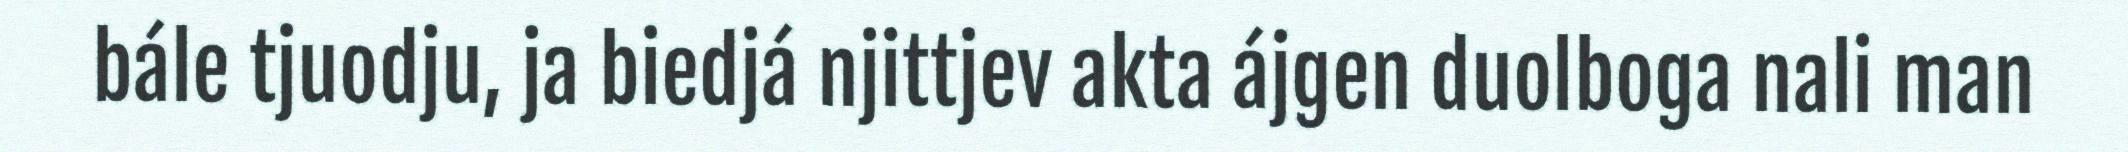
bále tjuodju, ja biedjá njittjev akta ájgen duolboga nali man